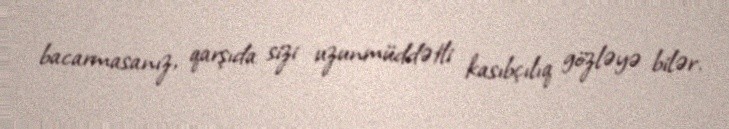
bacarmasanız, qarşıda sizi uzunmüddətli kasıbçılıq gözləyə bilər.